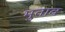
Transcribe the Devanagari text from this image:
मुताव